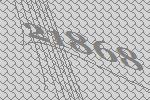
21868